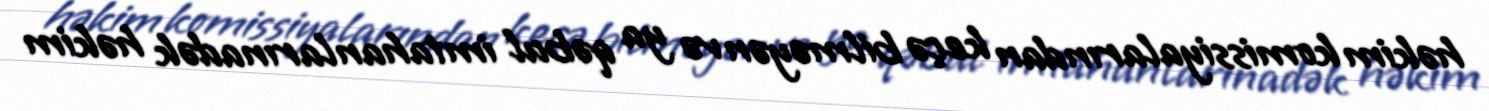
həkim komissiyalarından keçə bilməyən və ya qəbul imtahanlarınadək həkim